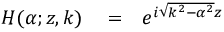
\begin{array} { r l r } { H ( \alpha ; z , k ) } & { { } = } & { e ^ { i \sqrt { k ^ { 2 } - \alpha ^ { 2 } } z } } \end{array}